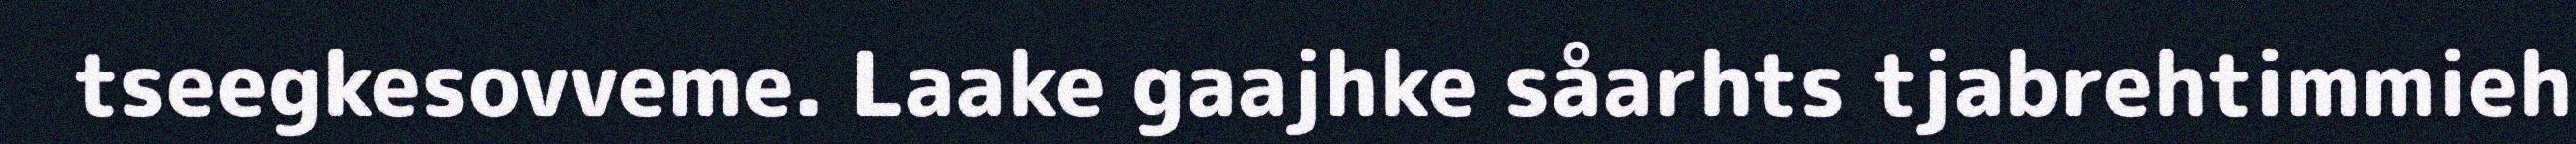
tseegkesovveme. Laake gaajhke såarhts tjabrehtimmieh